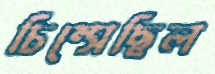
চিম্‌সেছিল